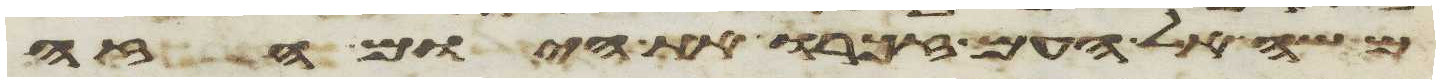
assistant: משה אל העם זכרו את היום הזה